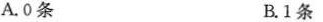
A.0条 B.1条